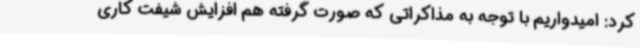
کرد: امیدواریم با توجه به مذاکراتی که صورت گرفته هم افزایش شیفت کاری